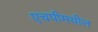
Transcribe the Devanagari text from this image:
एचपीमधील